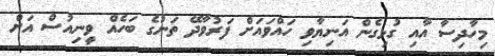
މިހާދިސާ އާއި ގުޅިގެން އަނިޔާވި ހައްވައަށް ފަރުވާދޭ ތަނުގެ ބަހެއް ވީނިއުސް އަށް